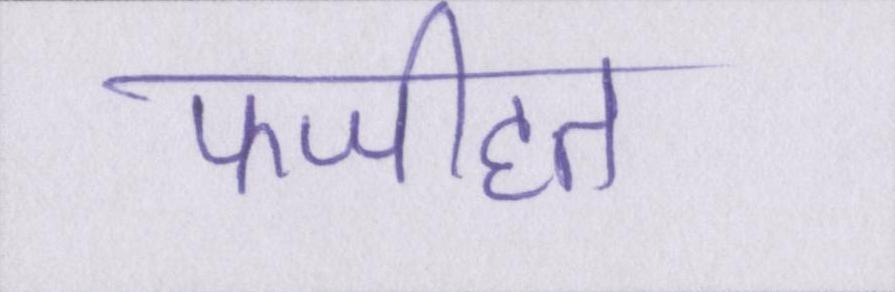
फजीहत